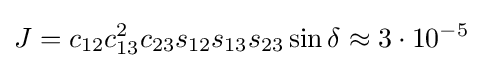
J=c_{12}c_{13}^{2}c_{23}s_{12}s_{13}s_{23}\sin \delta \approx 3\cdot 10^{-5}~